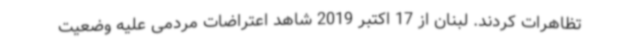
تظاهرات کردند. لبنان از 17 اکتبر 2019 شاهد اعتراضات مردمی علیه وضعیت